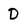
Character: D